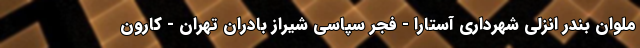
ملوان بندر انزلی شهرداری آستارا - فجر سپاسی شیراز بادران تهران - کارون